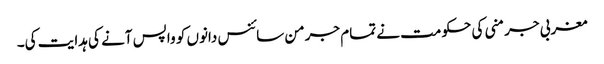
مغربی جرمنی کی حکومت نے تمام جرمن سائنس دانوں کو واپس آنے کی ہدایت کی۔